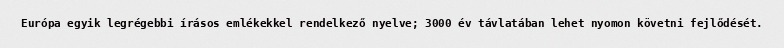
Európa egyik legrégebbi írásos emlékekkel rendelkező nyelve; 3000 év távlatában lehet nyomon követni fejlődését.